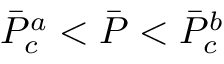
\Bar { P } _ { c } ^ { a } < \Bar { P } < \Bar { P } _ { c } ^ { b }